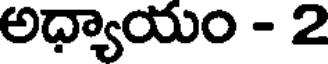
అధ్యాయం - 2